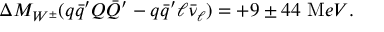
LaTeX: \Delta M _ { W ^ { \pm } } ( q \bar { q } ^ { \prime } Q \bar { Q } ^ { \prime } - q \bar { q } ^ { \prime } \ell \bar { \nu } _ { \ell } ) = + 9 \pm 4 4 ~ { \mathrm M e V } .